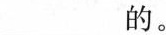
___的。